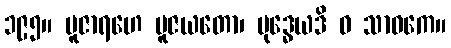
၁၉၅။ ပူဇာရဟေ ပူဇယတော၊ ဗုဒ္ဓေယဒိ ဝ သာဝကေ။